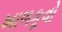
ખાળકૂવો